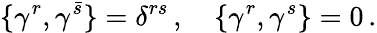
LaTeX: \{ \gamma^{r},\gamma^{\bar{s}}\} =\delta^{rs}\, ,\quad\{ \gamma^{r},\gamma^{s}\} =0\, .